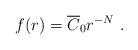
LaTeX: \begin{align*}f(r)=\overline{C}_0r^{-N}\mbox{ .} \end{align*}